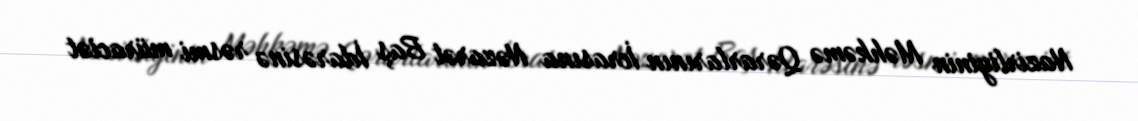
Nazirliyinin Məhkəmə Qərarlarının İcrasına Nəzarət Baş İdarəsinə rəsmi müraciət